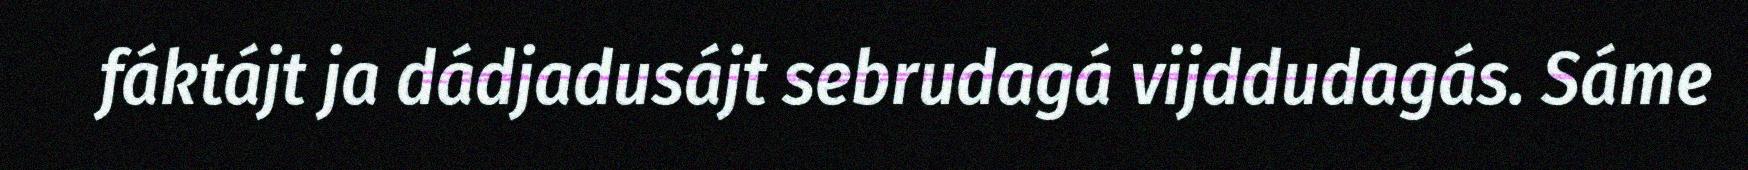
fáktájt ja dádjadusájt sebrudagá vijddudagás. Sáme